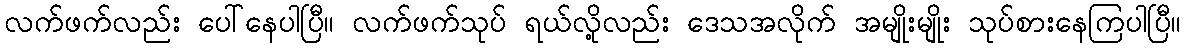
လက်ဖက်လည်း ပေါ်နေပါပြီ။ လက်ဖက်သုပ် ရယ်လို့လည်း ဒေသအလိုက် အမျိုးမျိုး သုပ်စားနေကြပါပြီ။